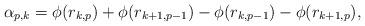
LaTeX: \begin{align*}\alpha_{p,k} = \phi(r_{k,p}) + \phi(r_{k+1,p-1}) - \phi(r_{k,p-1}) - \phi(r_{k+1,p}),\; \end{align*}